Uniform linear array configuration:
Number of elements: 32
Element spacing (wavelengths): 0.5
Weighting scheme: cosine
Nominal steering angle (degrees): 15
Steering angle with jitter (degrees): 13.379
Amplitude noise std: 0.05
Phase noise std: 0.05

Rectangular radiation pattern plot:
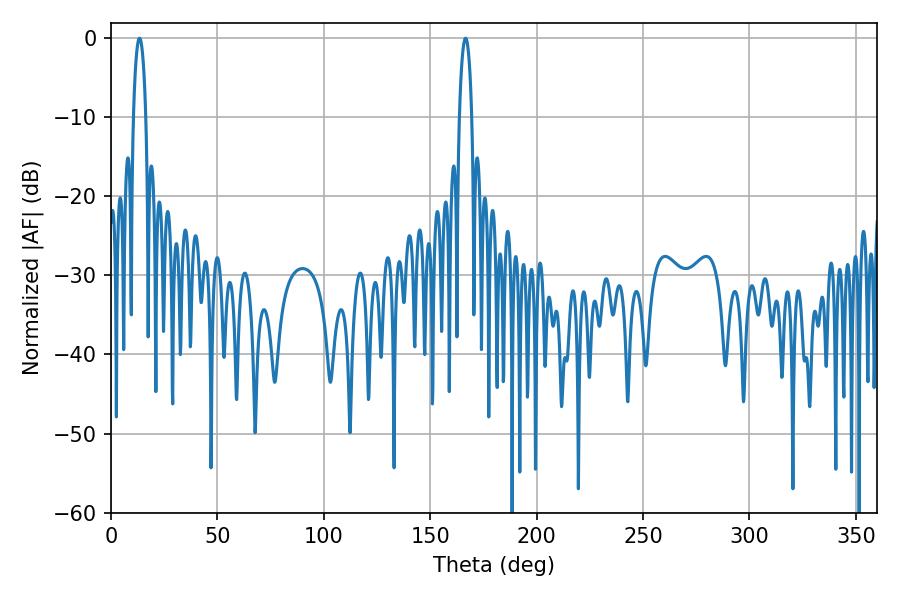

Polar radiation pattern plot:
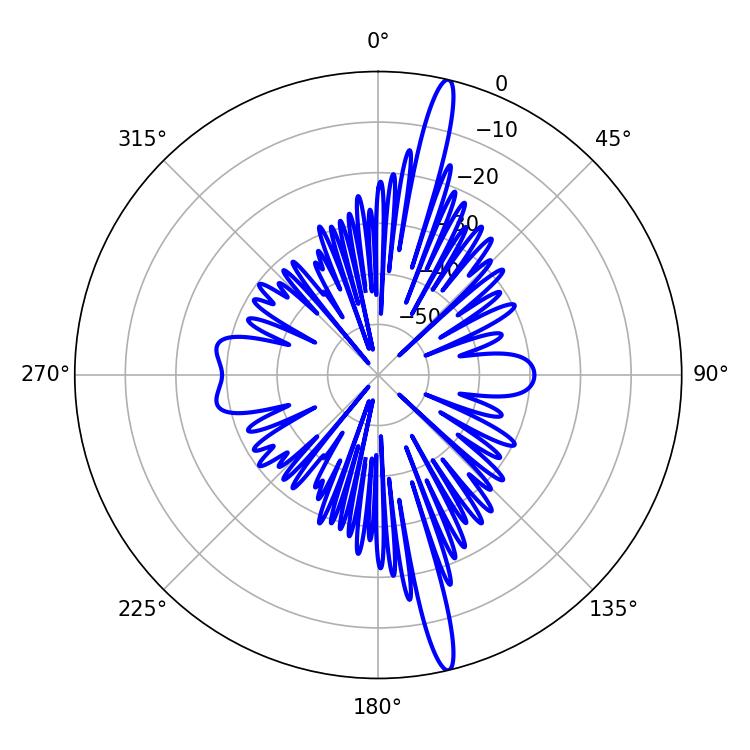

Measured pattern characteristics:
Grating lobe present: FALSE
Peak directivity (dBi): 18.282
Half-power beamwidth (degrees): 3.42
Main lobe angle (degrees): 13.32